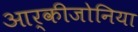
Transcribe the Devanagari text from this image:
आर्कीजोनिया